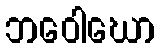
ဘဝေါဃော